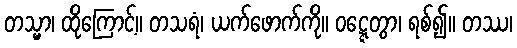
တသ္မာ၊ ထိုကြောင့်။ တသရံ၊ ယက်ဖောက်ကို။ ဝဋ္ဋေတွာ၊ ရစ်၍။ တဿ၊